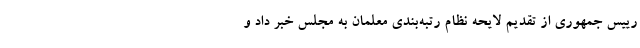
رییس جمهوری از تقدیم لایحه نظام رتبه‌بندی معلمان به مجلس خبر داد و